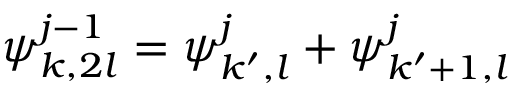
\boldsymbol { \psi } _ { k , 2 l } ^ { j - 1 } = \boldsymbol { \psi } _ { k ^ { \prime } , l } ^ { j } + \boldsymbol { \psi } _ { k ^ { \prime } + 1 , l } ^ { j }